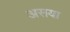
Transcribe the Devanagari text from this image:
असया